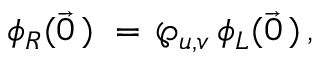
\phi _ { R } ( \vec { 0 } \, ) \, \, = \, \wp _ { u , v } \, \phi _ { L } ( \vec { 0 } \, ) \, ,